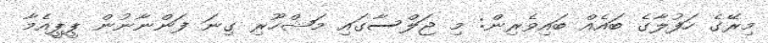
މިރޭގެ ހަފުލާގެ ބައެއް ބައިވެރިން: މި ޖަލްސާގައި މަޝްހޫރި ގިނަ ފަންނާނުން ޕީޕީއެމާ